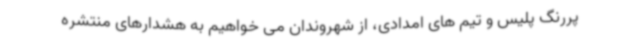
پررنگ پلیس و تیم های امدادی، از شهروندان می خواهیم به هشدارهای منتشره